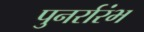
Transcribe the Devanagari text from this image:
पुनर्रारंभ